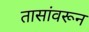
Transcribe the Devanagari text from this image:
तासांवरून